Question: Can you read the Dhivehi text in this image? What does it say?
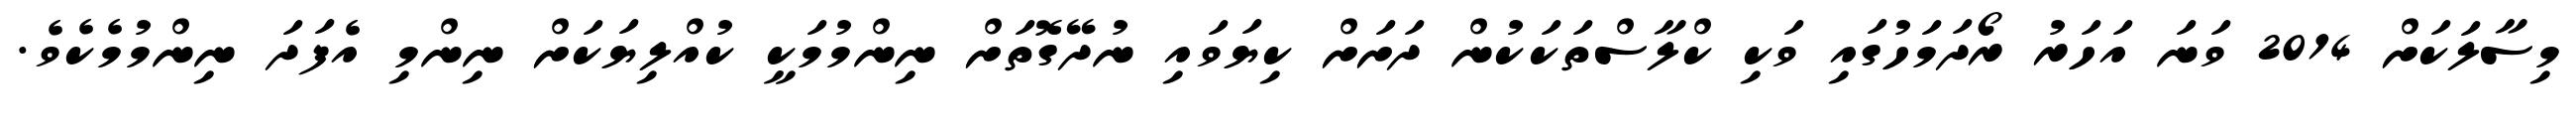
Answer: މިސާލަކަށް 2014 ވަނަ އަހަރު ރޯދަމަހުގައި ވަކި ކްލާސްތަކަކުން ދަށަށް ކިޔަވައި ނުދޭގޮތަށް ނިންމުމަކީ ކުއްލިޔަކަށް ނިންމި އެފަދަ ނިންމުމެކެވެ.